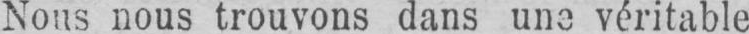
Nous nous trouvons dans une véritable